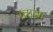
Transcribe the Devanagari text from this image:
ब्ताया